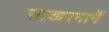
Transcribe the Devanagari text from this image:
साखरमार्गे